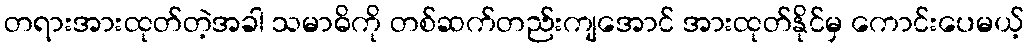
တရားအားထုတ်တဲ့အခါ သမာဓိကို တစ်ဆက်တည်းကျအောင် အားထုတ်နိုင်မှ ကောင်းပေမယ့်